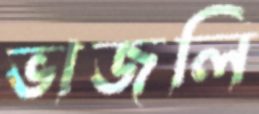
ভাজলি